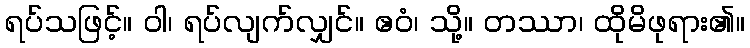
ရပ်သဖြင့်။ ဝါ၊ ရပ်လျက်လျှင်။ ဧဝံ၊ သို့။ တဿာ၊ ထိုမိဖုရား၏။